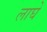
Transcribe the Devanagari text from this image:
लाघे